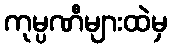
ကုမ္ပဏီများထဲမှ